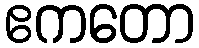
ဧကတော